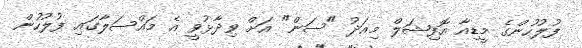
ފުލުހުންގެ މީޑިއާ އޮފިޝަލް މިއަދު "ސަން" އަށް ވިދާޅުވީ އެ މައްސަލާގައި ފުލުހުން